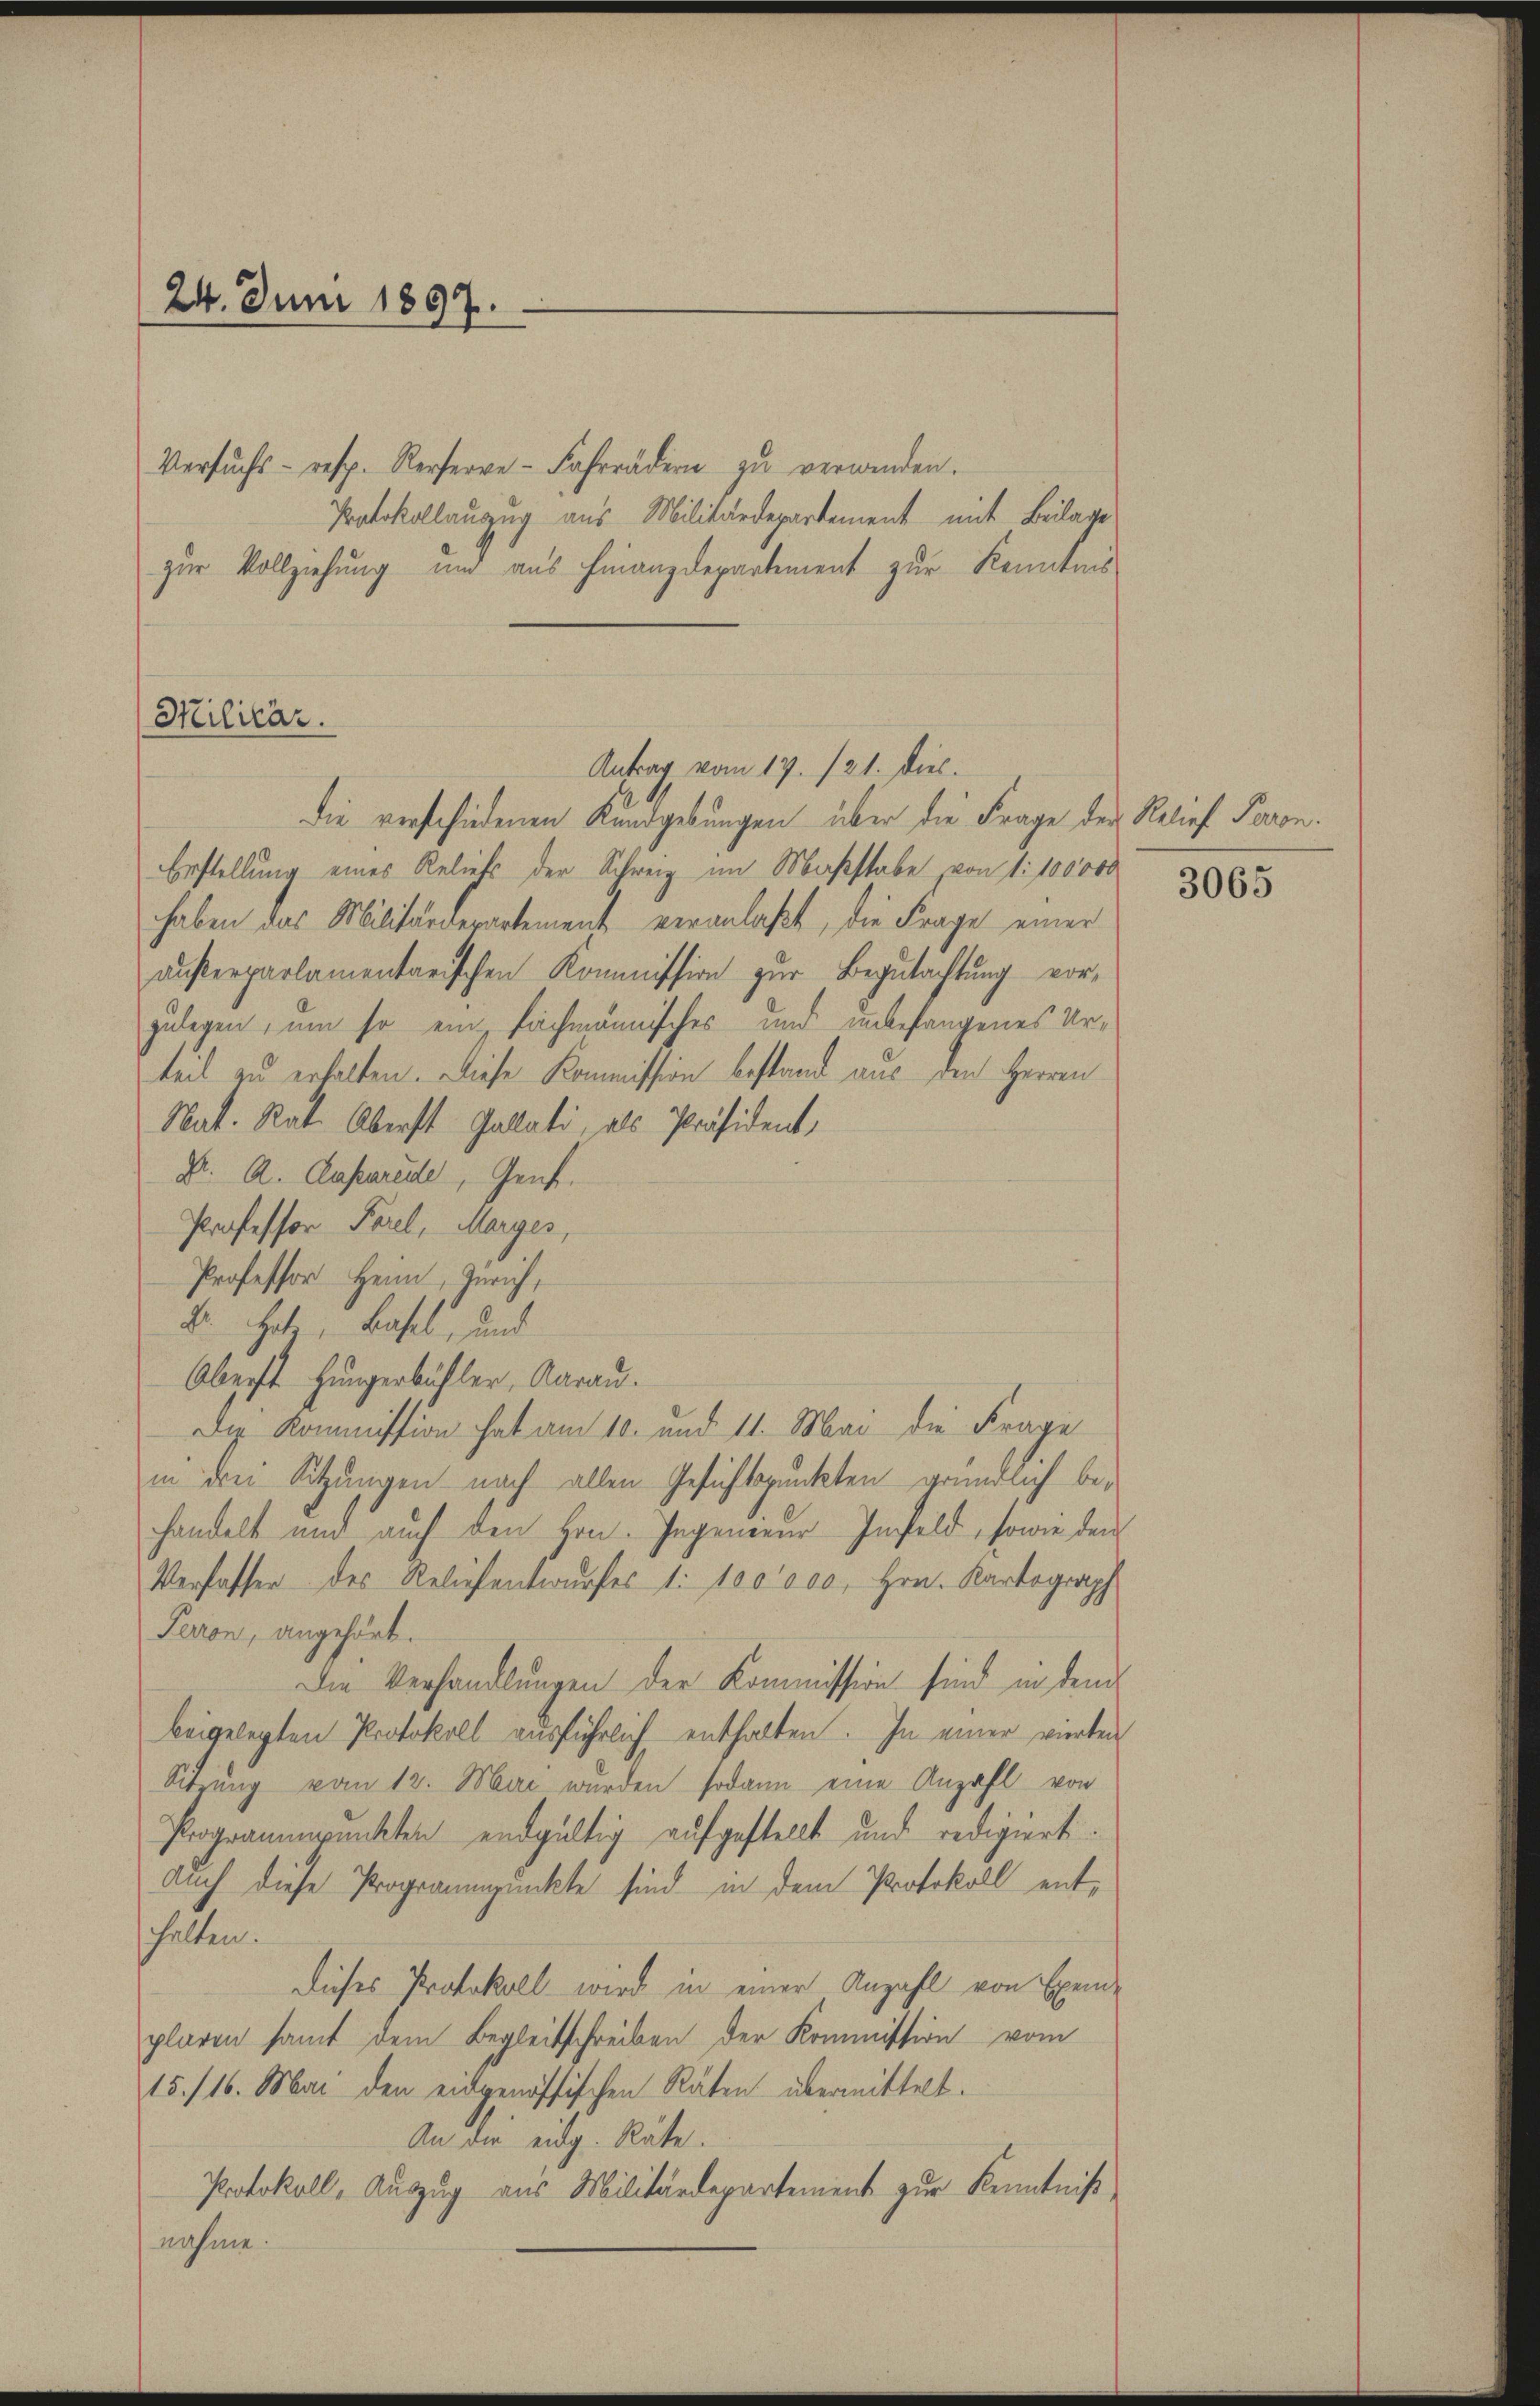
24. Juni 1897.
Versŭchs- resp. Reserve-Fahrrädern zŭ verwenden.

die verschiedenen Kundgebungen über die Frage der Relief Paron.
Erstellung eines Reliefs der Schweiz im Maßstabe von 1:100000
haben das Militärverartement veranlaßt, die Frage einer
außerparlamentarischen Kommission zur Begutachtung vorzulegen, um so ein fachmännisches und unbefangenes Urteil zu erhalten. Diese Kommission bestand aus den Herren
Nat. Rat. Oberst Gallati, als Präsident,
Dr. A. Ausareale, Genf.
Professor Porel, Marges,
Professor Heim, Zürich,
V. habe, Basel, und
Oberst Hungerbühler, Aarau.
Die Kommission hat am 10. und 11. Mai die Frage
in den Sitzungen nach allen Gesichtspunkten gründlich behandelt und auch den Hrn. Ingenieur Infeld, sowie den
Verfasser des Reliefentwurfes 1: 100000. Hrn. Kartograph
Perion, angehört.
Die Verhandlungen der Kommission sind in dem
beigelegten Protokoll ausführlich enthalten. In einer vierten
Sitzung vom 12. Mai wurden sodann eine Anzahl von
Programmpunkten endgültig aufgestellt und redigiert.
Auch diese Programmpunkte sind in dem Protokoll enthalten.
Dieses Protokoll wird in einer Anzahl von Exem-
plaren samt dem Begleitschreiben der Kommission vom
15./16. Mai den eidgenössischen Räten übermittelt.
An die eidg. Räte.
Protokoll, Auszug aus Militärdepartement zur Kenntniß,
nahme.

Milicar.

Protokollauzug aus Militärdepartement mit Beilage
zur Vollziehung und aus Finanzdepartement zur Kenntnis

Antrag vom 17. 121. Diel.

3065